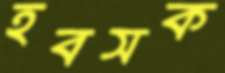
হবসক